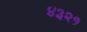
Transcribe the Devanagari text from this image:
४३२१